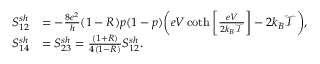
\begin{array} { r l } { S _ { 1 2 } ^ { s h } } & { = - \frac { 8 e ^ { 2 } } { h } ( 1 - R ) p ( 1 - p ) \bigg ( e V \coth \left[ \frac { e V } { 2 k _ { B } \mathcal { T } } \right] - 2 k _ { B } \mathcal { T } \bigg ) , } \\ { S _ { 1 4 } ^ { s h } } & { = S _ { 2 3 } ^ { s h } = \frac { ( 1 + R ) } { 4 ( 1 - R ) } S _ { 1 2 } ^ { s h } . } \end{array}